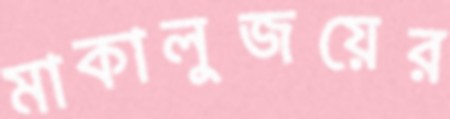
মাকালুজয়ের